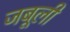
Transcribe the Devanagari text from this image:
जबूली